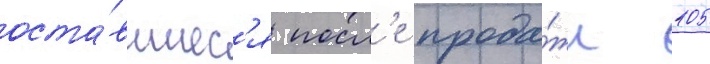
оста́вшиес'я посл'е прода́жи 105